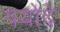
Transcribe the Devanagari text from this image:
पयोदे